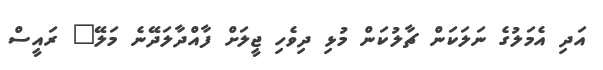
އަދި އެމަލުގެ ނަލަކަން ޗާލުކަން މުޅި ދިވެހި ޖީލަށް ފާއްދާލަދޭނެެ މަލޭ" ރައީސް